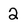
Character: 2